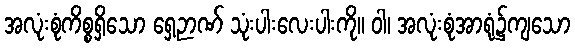
အလုံးစုံကိစ္စရှိသော ရှေ့ဉာဏ် သုံးပါးလေးပါးကို။ ဝါ၊ အလုံးစုံအာရုံ၌ကျသော